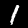
Digit: 1